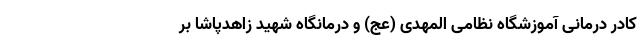
کادر درمانی آموزشگاه نظامی المهدی (عج) و درمانگاه شهید زاهدپاشا بر